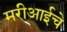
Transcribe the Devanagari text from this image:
मरीआईचे